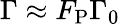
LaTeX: \Gamma\approx F_{\mathrm{P}}\Gamma_{0}